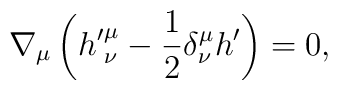
\nabla_\mu \left({h'}^\mu_\nu -\frac12 \delta^\mu_\nu h'\right) =0,